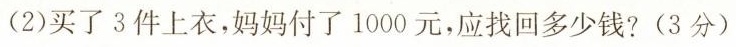
(2)买了3件上衣，妈妈付了1000元，应找回多少钱?(3分)